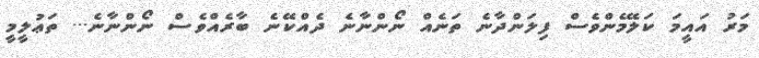
މަރު އައީމަ ކަލޭމެންވެސް ފިލަންދާނެ ތަނެއް ނޯންނާނެ ދެއްކޭނެ ބާރެއްވެސް ނޯންނާނެ... ތަޢުލީމީ